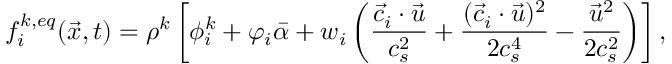
f _ { i } ^ { k , e q } ( \vec { x } , t ) = \rho ^ { k } \left[ \phi _ { i } ^ { k } + \varphi _ { i } \bar { \alpha } + w _ { i } \left( \frac { \vec { c } _ { i } \cdot \vec { u } } { c _ { s } ^ { 2 } } + \frac { ( \vec { c } _ { i } \cdot \vec { u } ) ^ { 2 } } { 2 c _ { s } ^ { 4 } } - \frac { \vec { u } ^ { 2 } } { 2 c _ { s } ^ { 2 } } \right) \right] ,